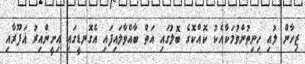
ޒިހާން ލުއި ހިނިތުންވުމަކާއެކު ކޮއްކޮގެ ބޮލުގައި އަތް ބާއްވާލައިފައި އެގޮނޑީގައި އިށީންއިރު ޣަފޫރާއި